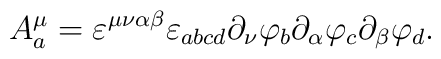
A^{\mu}_{a}=\varepsilon^{\mu\nu\alpha\beta}\varepsilon_{abcd}\partial_{\nu}\varphi_{b}\partial_{\alpha}\varphi_{c}\partial_{\beta}\varphi_{d}.